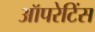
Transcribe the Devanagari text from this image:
ऑपरेटिंस